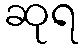
ဆုရ